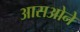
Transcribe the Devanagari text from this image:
आसओने